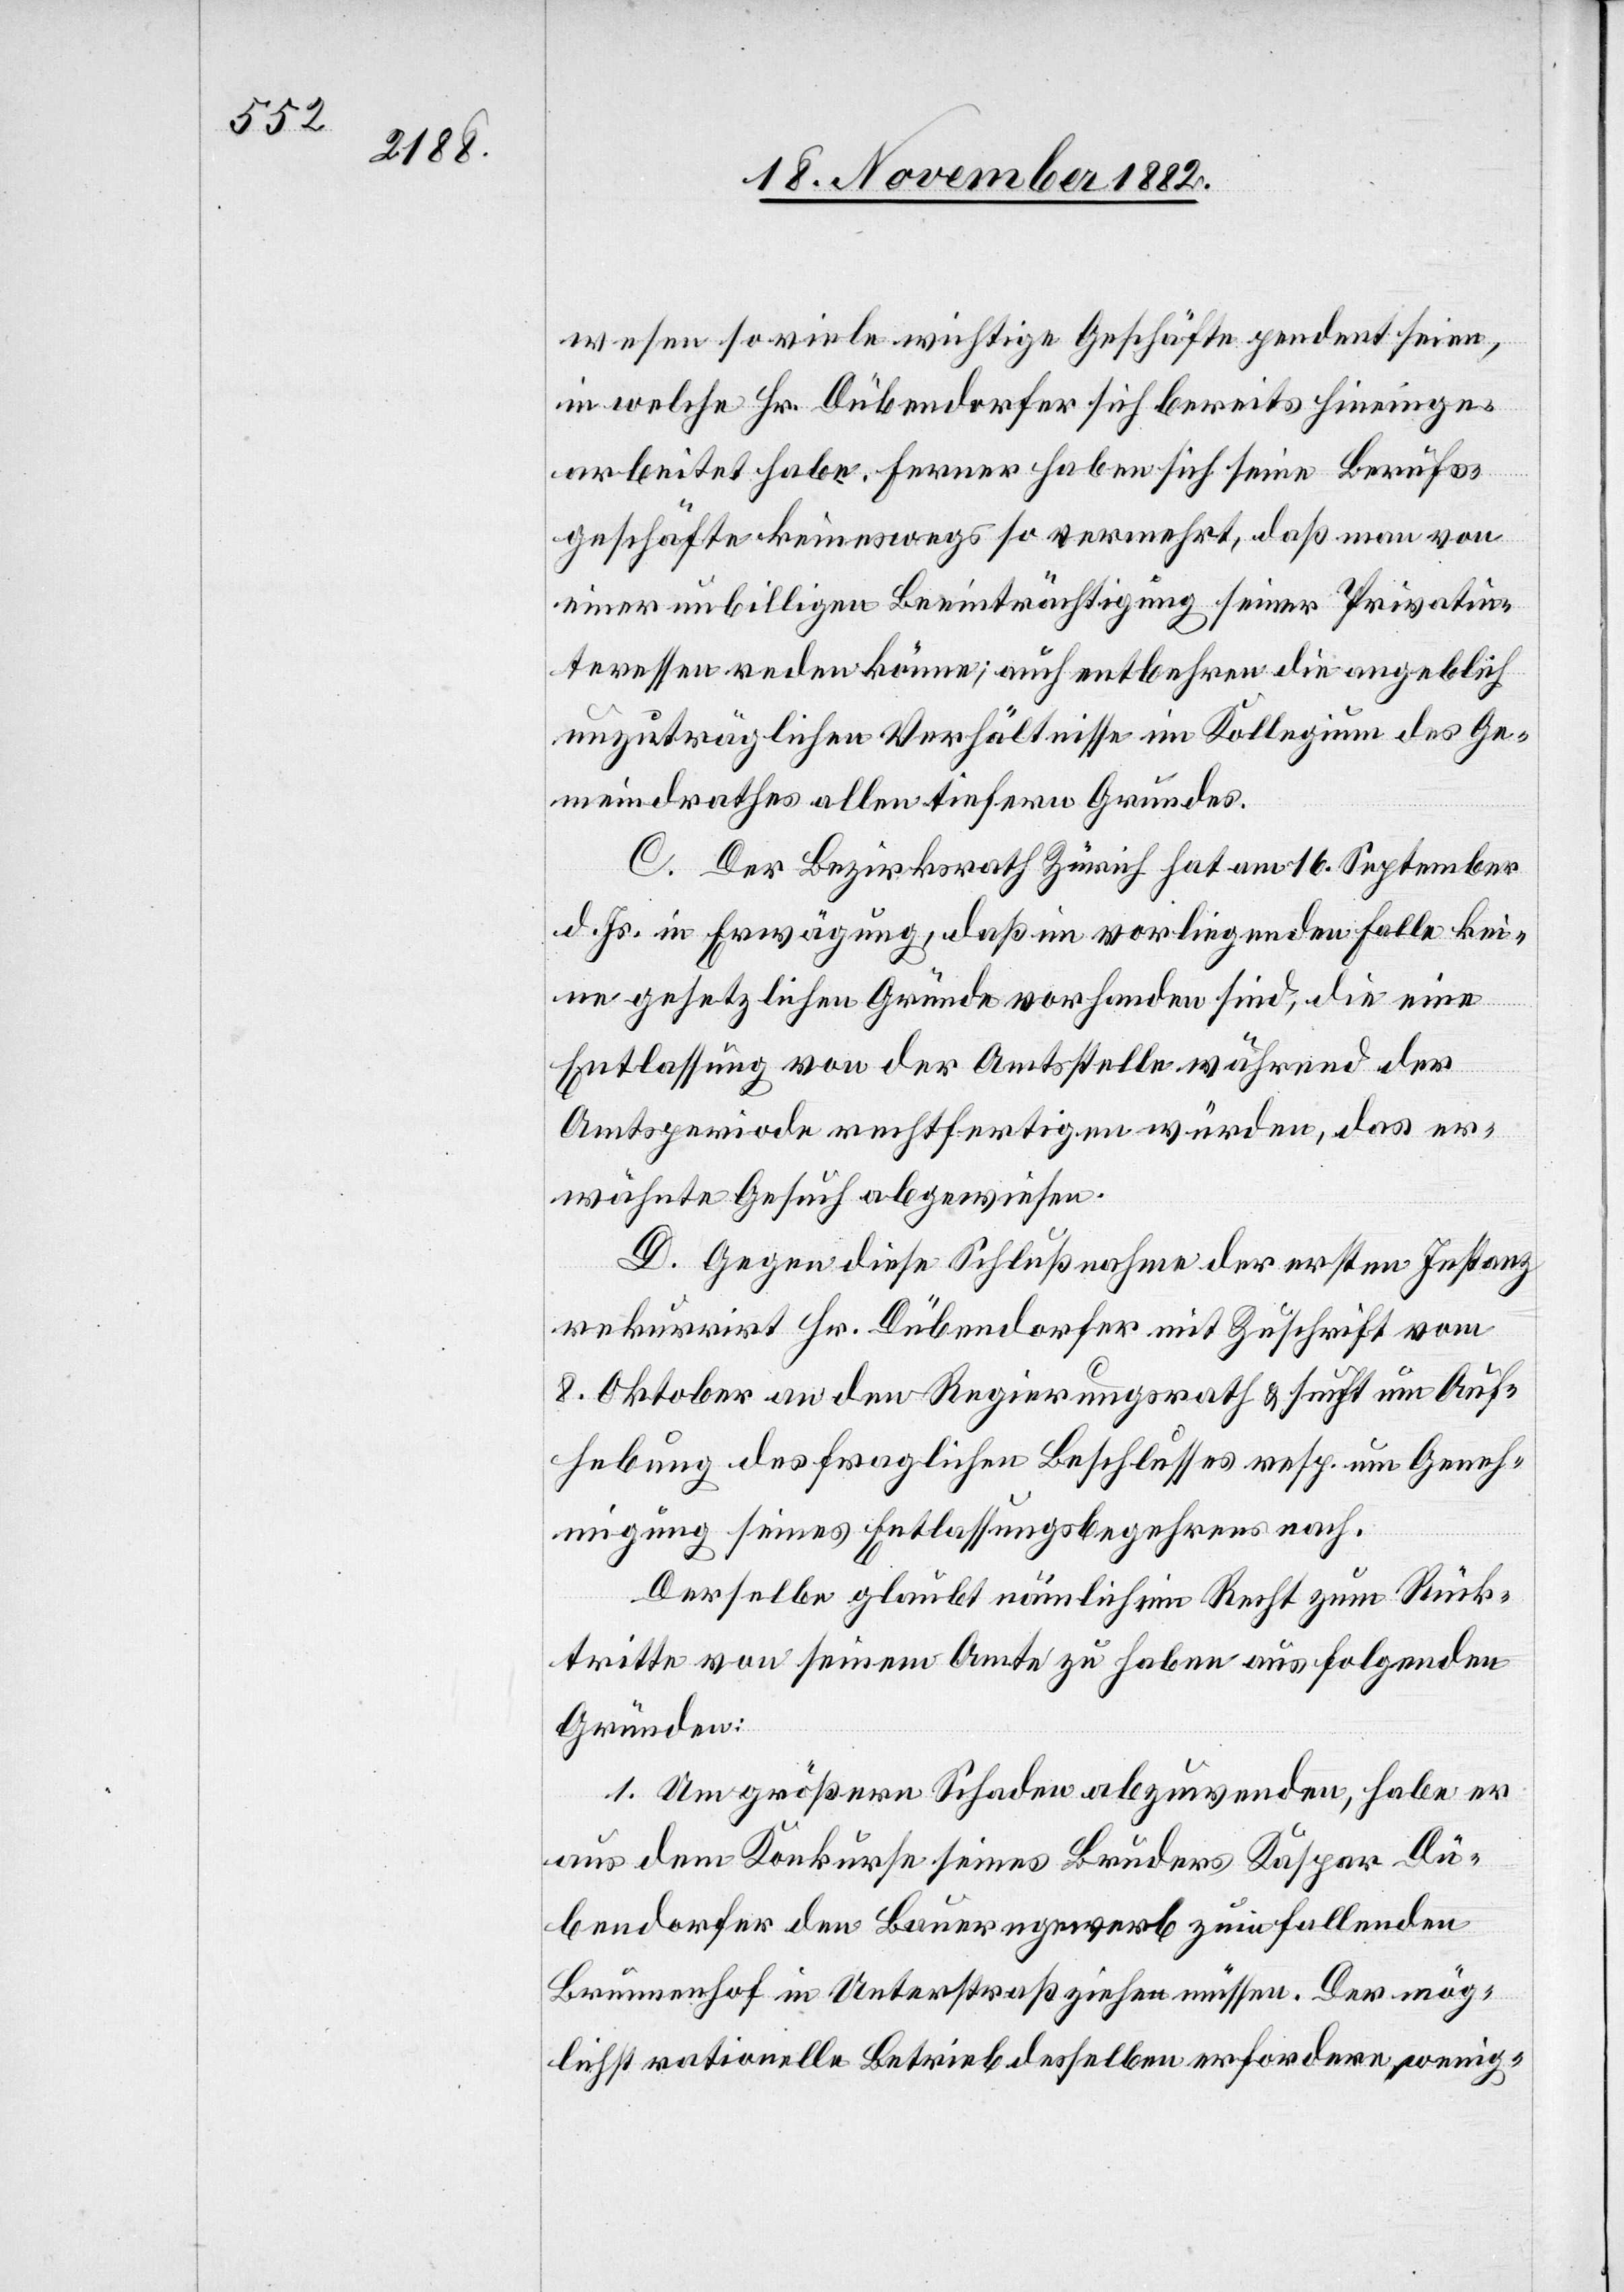
wesen so viele wichtige Geschäfte pendent seien,
in welche Hr. Dübendorfer sich bereits hineinge¬
arbeitet habe. Ferner haben sich seine Berufs¬
geschäfte keineswegs so vermehrt, daß man von
einer unbilligen Beeinträchtigung seiner Privatin¬
teressen reden könne; auch entbehren die angeblich
unzuträglichen Verhältnisse im Kollegium des Ge¬
meindrathes allen tiefern Grundes.
C. Der Bezirksrath Zürich hat am 16. September
d. Js. in Erwägung, daß im vorliegenden Falle kei¬
ne gesetzlichen Gründe vorhanden sind, die eine
Entlassung von der Amtsstelle während der
Amtsperiode rechtfertigen würden, das er¬
wähnte Gesuch abgewiesen.
D. Gegen diese Schlußnahme der ersten Instanz
rekurrirt Hr. Dübendorfer mit Zuschrift vom
8. Oktober an den Regierungsrath & sucht um Auf¬
hebung des fraglichen Beschlusses resp. um Geneh¬
migung seines Entlassungsbegehrens nach.
Derselbe glaubt nämlich ein Recht zum Rück¬
tritte von seinem Amte zu haben aus folgenden
Gründen:
1. Um größern Schaden abzuwenden, habe er
aus dem Konkurse seines Bruders Kaspar Dü¬
bendorfer den Bauerngewerb zum fallenden
Brunnenhof in Unterstraß ziehen müssen [sic!]. Der mög¬
lichst rationelle Betrieb desselben erfordere wenig-